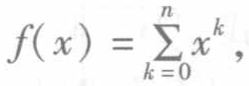
\(f( x ) = \sum_{k = 0}^{n} x^{k}\)